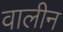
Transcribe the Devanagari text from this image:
वालीन